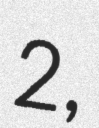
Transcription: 2,